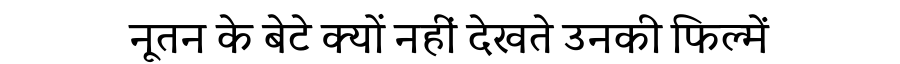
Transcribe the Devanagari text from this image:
नूतन के बेटे क्यों नहीं देखते उनकी फिल्में